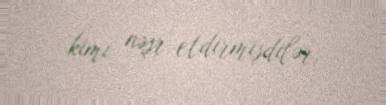
kimi nəşr etdirmişdilər.